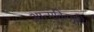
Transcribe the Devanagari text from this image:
आत्मविस्मृति।